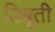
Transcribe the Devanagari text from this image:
डिबूती